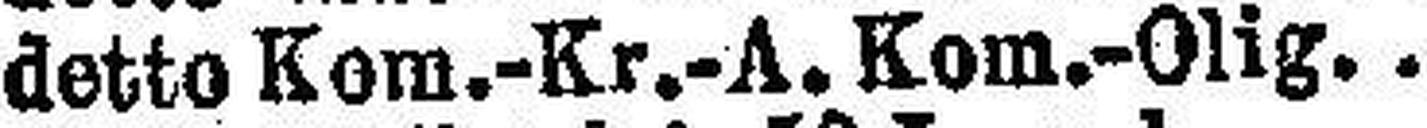
detto Kom.-Kr.-A. Kom.-Olig 4